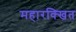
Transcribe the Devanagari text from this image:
महारक्खित